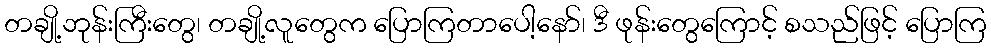
တချို့ဘုန်းကြီးတွေ၊ တချို့လူတွေက ပြောကြတာပေါ့နော်၊ ဒီ ဖုန်းတွေကြောင့် စသည်ဖြင့် ပြောကြ